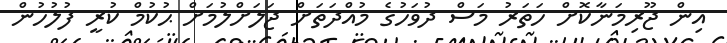
އިން ޖޫރިމަނާކޮށް ހަތަރު މަސް ދުވަހުގެ މުއްދަތަށް ޖަލަށްލުމަށް ޙުކުމް ކުރީ ފުލުހުން